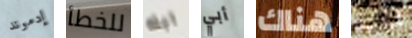
إدموند للخطأ ابله أبي هناك أرايت